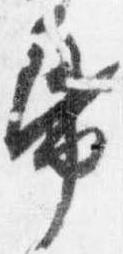
帋